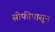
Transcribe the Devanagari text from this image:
सोफीपासून